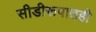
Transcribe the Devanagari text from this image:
सीडीरूपातही